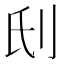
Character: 𠛊